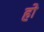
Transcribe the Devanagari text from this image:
हो